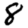
Digit: 8